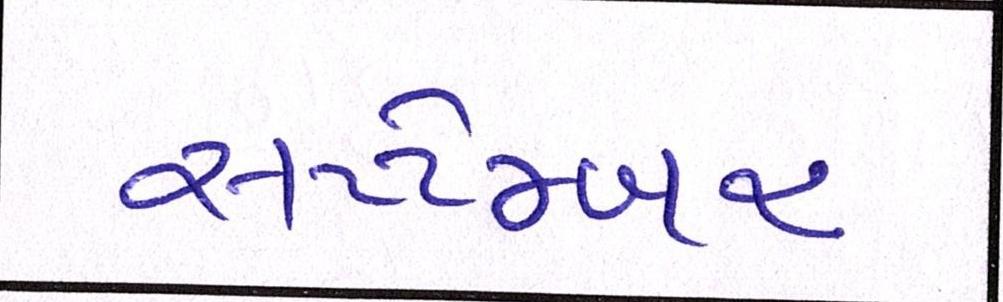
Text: સપ્ટેમ્બર